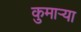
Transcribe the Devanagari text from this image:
कुमार्‍या